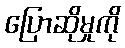
ပြောဆိုမှုကို